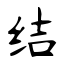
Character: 结